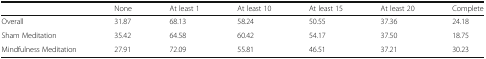
<table><thead><tr><td></td><td><b>None</b></td><td><b>At least 1</b></td><td><b>At least 10</b></td><td><b>At least 15</b></td><td><b>At least 20</b></td><td><b>Complete</b></td></tr></thead><tbody><tr><td>Overall</td><td>31.87</td><td>68.13</td><td>58.24</td><td>50.55</td><td>37.36</td><td>24.18</td></tr><tr><td>Sham Meditation</td><td>35.42</td><td>64.58</td><td>60.42</td><td>54.17</td><td>37.50</td><td>18.75</td></tr><tr><td>Mindfulness Meditation</td><td>27.91</td><td>72.09</td><td>55.81</td><td>46.51</td><td>37.21</td><td>30.23</td></tr></tbody></table>